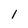
Character: 1